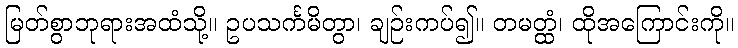
မြတ်စွာဘုရားအထံသို့။ ဥပသင်္ကမိတွာ၊ ချဉ်းကပ်၍။ တမတ္ထံ၊ ထိုအကြောင်းကို။